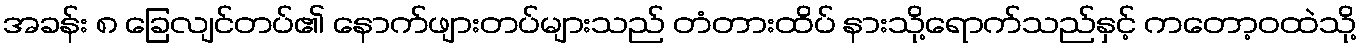
အခန်း ၈ ခြေလျင်တပ်၏ နောက်ဖျားတပ်များသည် တံတားထိပ် နားသို့ရောက်သည်နှင့် ကတော့ဝထဲသို့